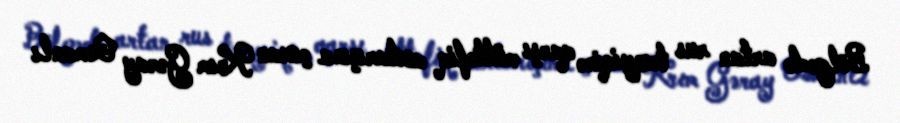
Bölgədə artan rus təzyiqinə qarşı müttəfiq axtarışına çıxan Krım Gəray Osmanlı